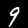
Digit: 9